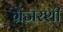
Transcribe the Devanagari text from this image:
ग्रेंजरशी